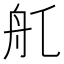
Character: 𦨊